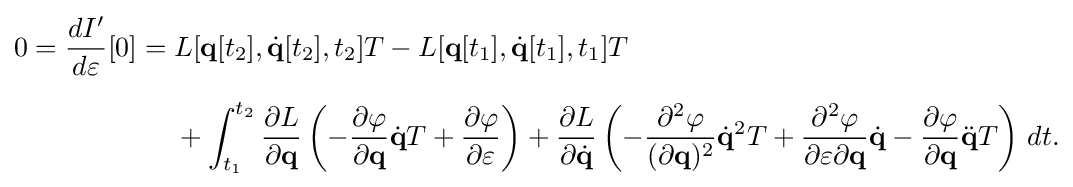
{\begin{aligned}0={\frac {dI'}{d\varepsilon }}[0]={}&L[\mathbf {q} [t_{2}],{\dot {\mathbf {q} }}[t_{2}],t_{2}]T-L[\mathbf {q} [t_{1}],{\dot {\mathbf {q} }}[t_{1}],t_{1}]T\\[6pt]&{}+\int _{t_{1}}^{t_{2}}{\frac {\partial L}{\partial \mathbf {q} }}\left(-{\frac {\partial \varphi }{\partial \mathbf {q} }}{\dot {\mathbf {q} }}T+{\frac {\partial \varphi }{\partial \varepsilon }}\right)+{\frac {\partial L}{\partial {\dot {\mathbf {q} }}}}\left(-{\frac {\partial ^{2}\varphi }{(\partial \mathbf {q} )^{2}}}{\dot {\mathbf {q} }}^{2}T+{\frac {\partial ^{2}\varphi }{\partial \varepsilon \partial \mathbf {q} }}{\dot {\mathbf {q} }}-{\frac {\partial \varphi }{\partial \mathbf {q} }}{\ddot {\mathbf {q} }}T\right)\,dt.\end{aligned}}